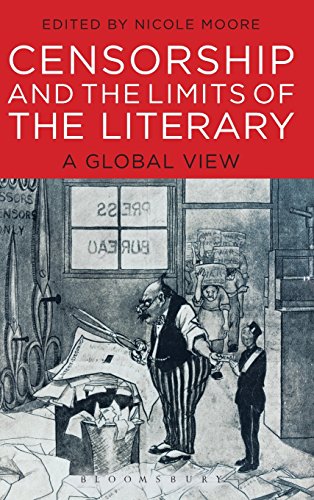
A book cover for Censorship and the Limits of the Literary: A Global View; Nicole Moore; Literature & Fiction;